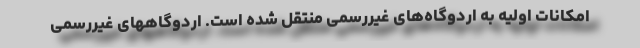
امکانات اولیه به اردوگاه‌های غیررسمی منتقل شده است. اردوگاههای غیررسمی